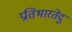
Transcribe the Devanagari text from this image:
प्रतिभारतेंदु